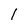
Character: 1